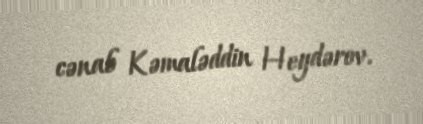
cənab Kəmaləddin Heydərov.